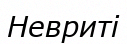
Невриті